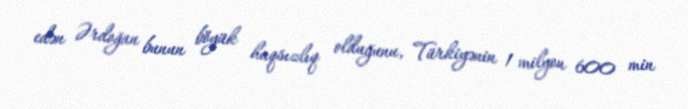
edən Ərdoğan bunun böyük haqsızlıq olduğunu, Türkiyənin 1 milyon 600 min